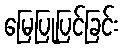
မြေပြုပြင်ခြင်း